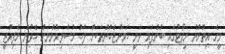
މީގެ އިތުރުން ރިޕޯޓުގައި ބުނެފައި ވަނީ ހަމަނުޖެހުންތަކަށް ފަހު މުސްލިމުންނަށް ހެދުނު ރެފިއުޖީ